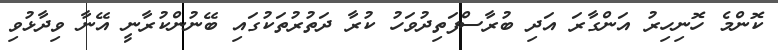
ކޮންމެ ހޮނިހިރު އަންގާރަ އަދި ބުރާސްފަތިދުވަހު ކުރާ ދަތުރުތަކުގައި ބޭނުންކުރާނީ އޭނާ ވިދާޅުވި